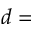
d =